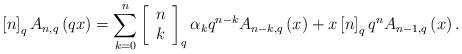
LaTeX: \begin{align*}\left[ n\right] _{q}A_{n,q}\left( qx\right) =\sum_{k=0}^{n}\left[\begin{array}[c]{c}n\\k\end{array}\right] _{q}\alpha_{k}q^{n-k}A_{n-k,q}\left( x\right) +x\left[ n\right]_{q}q^{n}A_{n-1,q}\left( x\right) . \end{align*}